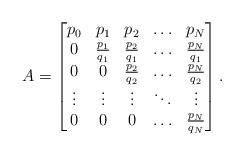
LaTeX: \begin{align*}A=\begin{bmatrix} p_0& p_1 & p_2 & \hdots & p_N \\0 & \frac{p_1}{q_1} & \frac{p_2}{q_1} & \hdots & \frac{p_N}{q_1} \\ 0 & 0 & \frac{p_2}{q_2} & \hdots & \frac{p_N}{q_2} \\ \vdots & \vdots & \vdots & \ddots & \vdots \\ 0 & 0 & 0 & \hdots & \frac{p_N}{q_N} \end{bmatrix} .\end{align*}